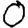
Digit: 0